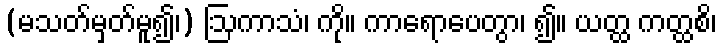
(မသတ်မှတ်မူ၍၊) ဩကာသံ၊ ကို။ ကာရောပေတွာ၊ ၍။ ယတ္ထ ကတ္ထစိ၊